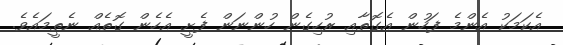
އެކަމަކު އެންމެ ފަހުން އެގޮތާއި ރުހިގެން ހުންނަން ފެށީ އެހެން ގޮތެއް ނެތީމައެވެ.